Scientific memoirs by medical officers of the Army of India - Part VI,
Year: 1891
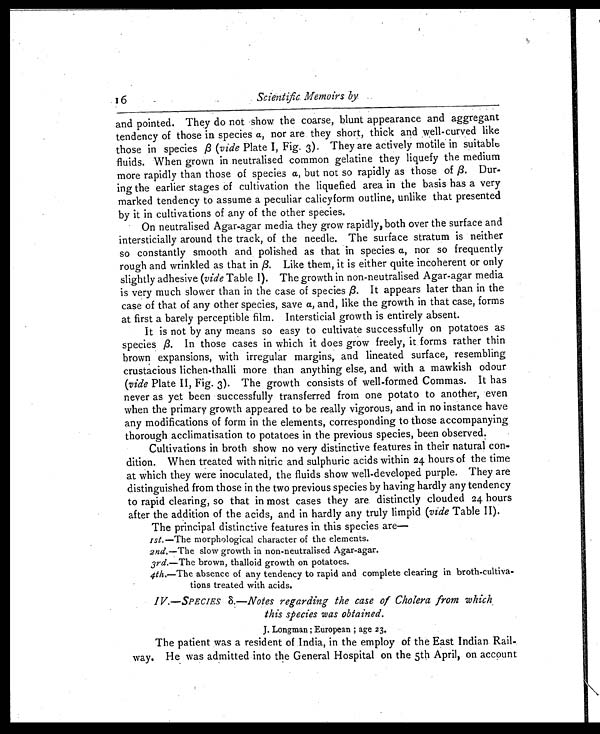
Scientific Memoirs by
and pointed. They do not show the coarse, blunt appearance and aggregant
tendency of those in species a , nor are they short, thick and well-curved like
those in species β (vide Plate I, Fig. 3). They are actively motile in suitable
fluids. When grown in neutralised common gelatine they liquefy the medium
more rapidly than those of species a, but not so rapidly as those of β . Dur
- i n g t h e e a r l i e r s t a g e s o f c u l t i v a t i o n t h e l i q u e f i e d a r e a i n t h e b a s i s h a s a v e r y
marked tendency to assume a peculiar calicyform outline, unlike that presented
by it in cultivations of any of the other species.
On neutralised Agar-agar media they grow rapidly, both over the surface and
intersticially around the track, of the needle. The surface stratum is neither
so constantly smooth and polished as that in species a, nor so frequently
rough and wrinkled as that in β. Like them, it is either quite incoherent or only
slightly adhesive (vide Table I). The growth in non-neutralised Agar-agar media
is very much slower than in the case of species β. It appears later than in the
case of that of any other species, save a, and, like the growth in that case, forms
at first a barely perceptible film. Intersticial growth is entirely absent.
It is not by any means so easy to cultivate successfully on potatoes as
species β.
In those cases in which it does grow freely, it forms rather thin
brown expansions, with irregular margins, and lineated surface, resembling
crustacious lichen-thalli more than anything else, and with a mawkish odour
(vide Plate II, Fig. 3). The growth consists of well-formed Commas. It has
never as yet been successfully transferred from one potato to another, even
when the primary growth appeared to be really vigorous, and in no instance have
any modifications of form in the elements, corresponding to those accompanying
thorough acclimatisation to potatoes in the previous species, been observed.
Cultivations in broth show no very distinctive features in their natural con
- d i t i o n . W h e n t r e a t e d w i t h n i t r i c a n d s u l p h u r i c a c i d s w i t h i n 2 4 h o u r s o f t h e t i m e
at which they were inoculated, the fluids show well-developed purple. They are
distinguished from those in the two previous species by having hardly any tendency
to rapid clearing, so that in most cases they are distinctly clouded 24 hours
after the addition of the acids, and in hardly any truly limpid ( vide Table II).
The principal distinctive features in this species are
—
1st.—The morphological character of the elements.
2nd. —The slow growth in non-neutralised Agar-agar.
3rd.—The brown, thalloid growth on potatoes.
4th .—The absence of any tendency to rapid and complete clearing in broth-cultiva
- tions treated with acids.
IV.—SPECIES δ.-Notes regarding the case of Cholera from which.
this species was obtained.
J. Longman; European; age 23.
The patient was a resident of India, in the employ of the East Indian Rail
- way. He was admitted into the General Hospital on the 5th April, on account
16